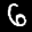
Label: 6